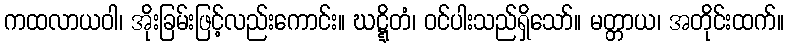
ကထလာယဝါ၊ အိုးခြမ်းဖြင့်လည်းကောင်း။ ဃဋ္ဋိတံ၊ ဝင်ပါးသည်ရှိသော်။ မတ္တာယ၊ အတိုင်းထက်။